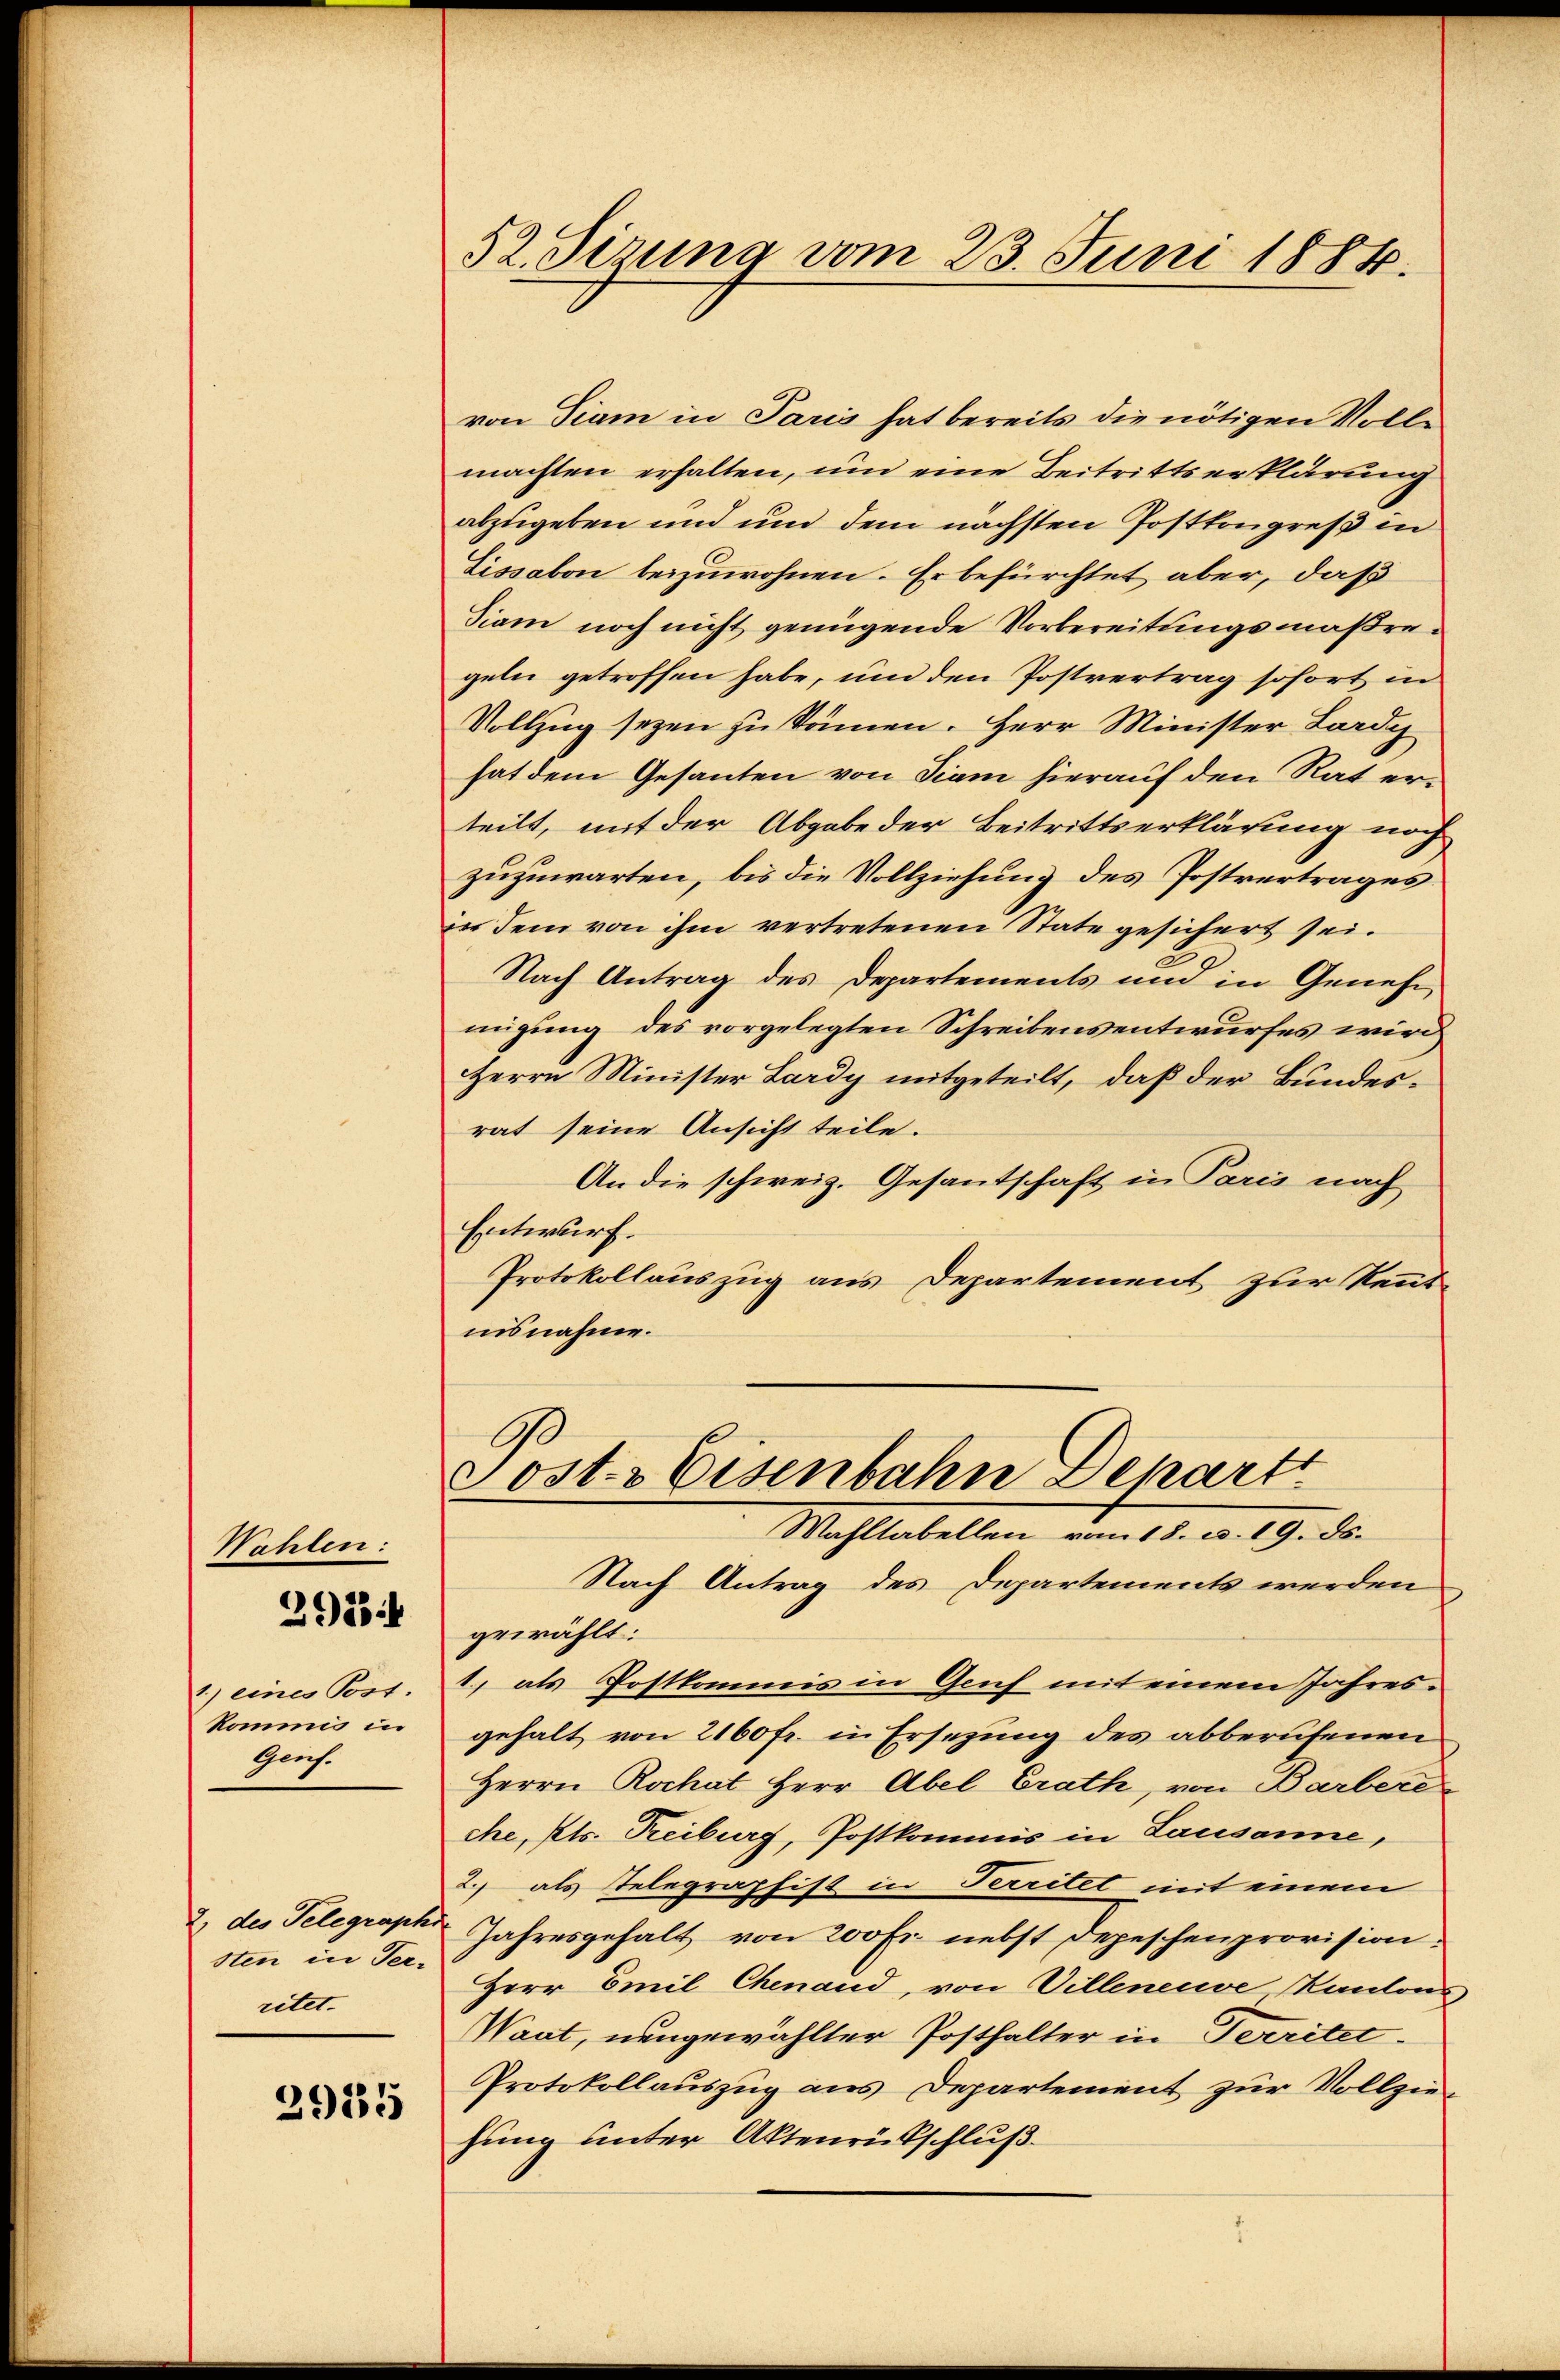
Wahlen:
1) eines Post.
kommis in
Genf.

2918

2., des Telegraphi
sten in Territet.

2955

52. Sizung vom 23. Juni 1884.

von Tiam in Paris hat bereits die nötigen Volle
machten erhalten, um eine Beitrittserklärung
abzugeben und und dem nächsten Postkongreß in
Lissakon beizuwohnen. Er befürchtet aber, daß
Siam noch nicht genügende Vorbereitungsmaßregeln getroffen habe, und den Postvertrag sofort in
Vollzug seyen zu kämen. Herr Minister Lardy
hat dem Gesanten von diam hierauf den Rat erteilt, mit der Abgabe der Beitrittserklärung noch
zuzuwarten, bis die Vollziehung des Postvertrages.
in dem von ihm vertretenen State gesichert sei.
Nach Antrag des Departements und in Geneh
migung des vorgelegten Schreibensentwurfes wird
Herrn Minister Lardy mitgeteilt, daß der Bundesrat seine Ansicht teile.
An die schweiz. Gesantschaft in Paris nach
Entwurf.
Protokollauszug aus Departement zur Kenntnisnahme.

Tost. Eisenbahn Depart
Wahltabellen vom 18. u. 19. ds.

Nach Antrag des Departements werden
gewählt:
1., als Postkommis in Genf mit einem Jahres-
gehalt von 2160 fr. in Ersezung des abberufenen
Herrn Rochat Herr Abel Erath, von Barbere
che, Kts. Treiburg, Postkommis in Lausanne,
2.) als Telegraphist in Territet mit einem
Jahresgehalt von 200 Fr. nebst Depeschenprovision:
Herr Emil Chenand, von Villeneuve Kantons
Waat, neugewählter Posthalter in Territet.
Protokollauszug aus Departement zur Vollziehung unter Aktenrückschluß